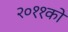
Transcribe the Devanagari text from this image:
२०११को